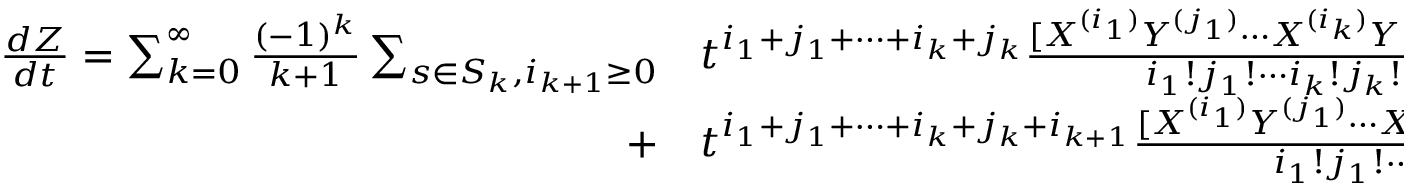
{ \begin{array} { r l } { { \frac { d Z } { d t } } = \sum _ { k = 0 } ^ { \infty } { \frac { ( - 1 ) ^ { k } } { k + 1 } } \sum _ { s \in S _ { k } , i _ { k + 1 } \geq 0 } } & { { } t ^ { i _ { 1 } + j _ { 1 } + \cdots + i _ { k } + j _ { k } } { \frac { [ X ^ { ( i _ { 1 } ) } Y ^ { ( j _ { 1 } ) } \cdots X ^ { ( i _ { k } ) } Y ^ { ( j _ { k } ) } X ] } { i _ { 1 } ! j _ { 1 } ! \cdots i _ { k } ! j _ { k } ! } } } \\ { + } & { { } t ^ { i _ { 1 } + j _ { 1 } + \cdots + i _ { k } + j _ { k } + i _ { k + 1 } } { \frac { [ X ^ { ( i _ { 1 } ) } Y ^ { ( j _ { 1 } ) } \cdots X ^ { ( i _ { k } ) } Y ^ { ( j _ { k } ) } X ^ { ( i _ { k + 1 } ) } Y ] } { i _ { 1 } ! j _ { 1 } ! \cdots i _ { k } ! j _ { k } ! i _ { k + 1 } ! } } , \quad i _ { r } , j _ { r } \geq 0 , \quad i _ { r } + j _ { r } > 0 , \quad 1 \leq r \leq k } \end{array} } .